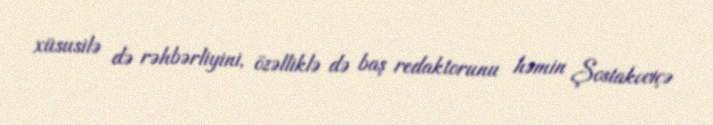
xüsusilə də rəhbərliyini, özəlliklə də baş redaktorunu həmin Şostakoviçə